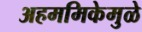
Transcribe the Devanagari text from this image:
अहममिकेमुळे